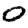
Digit: 0